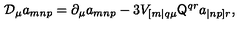
\mathcal { D } _ { \mu } a _ { m n p } = \partial _ { \mu } a _ { m n p } - 3 V _ { [ m | q \mu } \mathsf { Q } ^ { q r } a _ { | n p ] r } ,